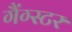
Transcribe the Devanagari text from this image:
गैंग्‍स्‍टर